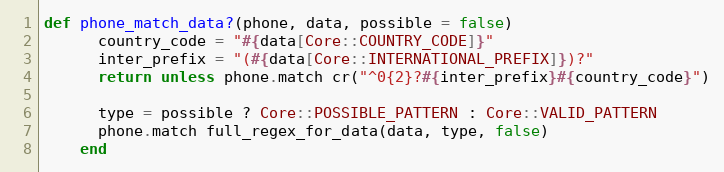
Language: Ruby
def phone_match_data?(phone, data, possible = false)
      country_code = "#{data[Core::COUNTRY_CODE]}"
      inter_prefix = "(#{data[Core::INTERNATIONAL_PREFIX]})?"
      return unless phone.match cr("^0{2}?#{inter_prefix}#{country_code}")

      type = possible ? Core::POSSIBLE_PATTERN : Core::VALID_PATTERN
      phone.match full_regex_for_data(data, type, false)
    end